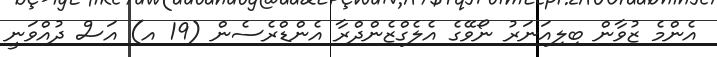
އެންމެ ޒުވާން ބިލިއަނަރު ނޯވޭގެ އެލެގްޒެންދްރާ އެންޑްރެސެން (19 އ) އަސް ދުއްވަނީ